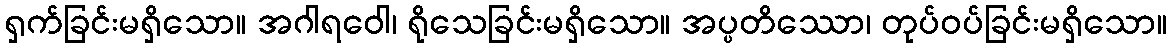
ရှက်ခြင်းမရှိသော။ အဂါရဝေါ၊ ရိုသေခြင်းမရှိသော။ အပ္ပတိဿော၊ တုပ်ဝပ်ခြင်းမရှိသော။